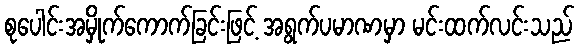
စုပေါင်းအမှိုက်ကောက်ခြင်းဖြင့် အရွက်ပမာဏမှာ မင်းထက်လင်းသည်